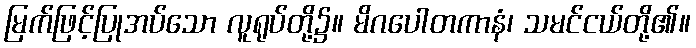
မြက်ဖြင့်ပြုအပ်သော လူရုပ်တို့၌။ မိဂပေါတကာနံ၊ သမင်ငယ်တို့၏။